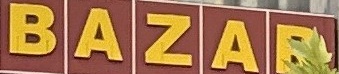
BAZAR